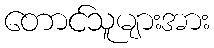
တောင်သူများအား